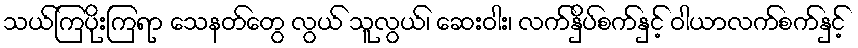
သယ်ကြပိုးကြရာ သေနတ်တွေ လွယ် သူလွယ်၊ ဆေးဝါး၊ လက်နှိပ်စက်နှင့် ဝါယာလက်စက်နှင့်